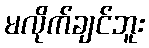
မလိုက်ချင်ဘူး